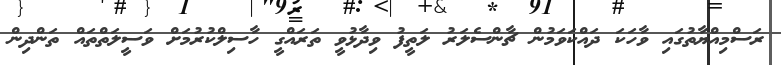
ރަސްމިއްޔާތުގައި ވާހަކަ ދައްކަވަމުން ޗާންސެލަރު ލަތީފު ވިދާޅުވީ ތަރައްގީ ހާސިލްކުރުމަށް ވަސީލަތްތައް ތަންދިން